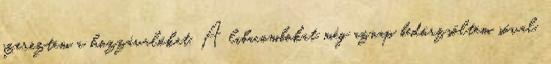
szereztem a hozzávalókat. A libacombokat még aznap bedörzsöltem sóval,